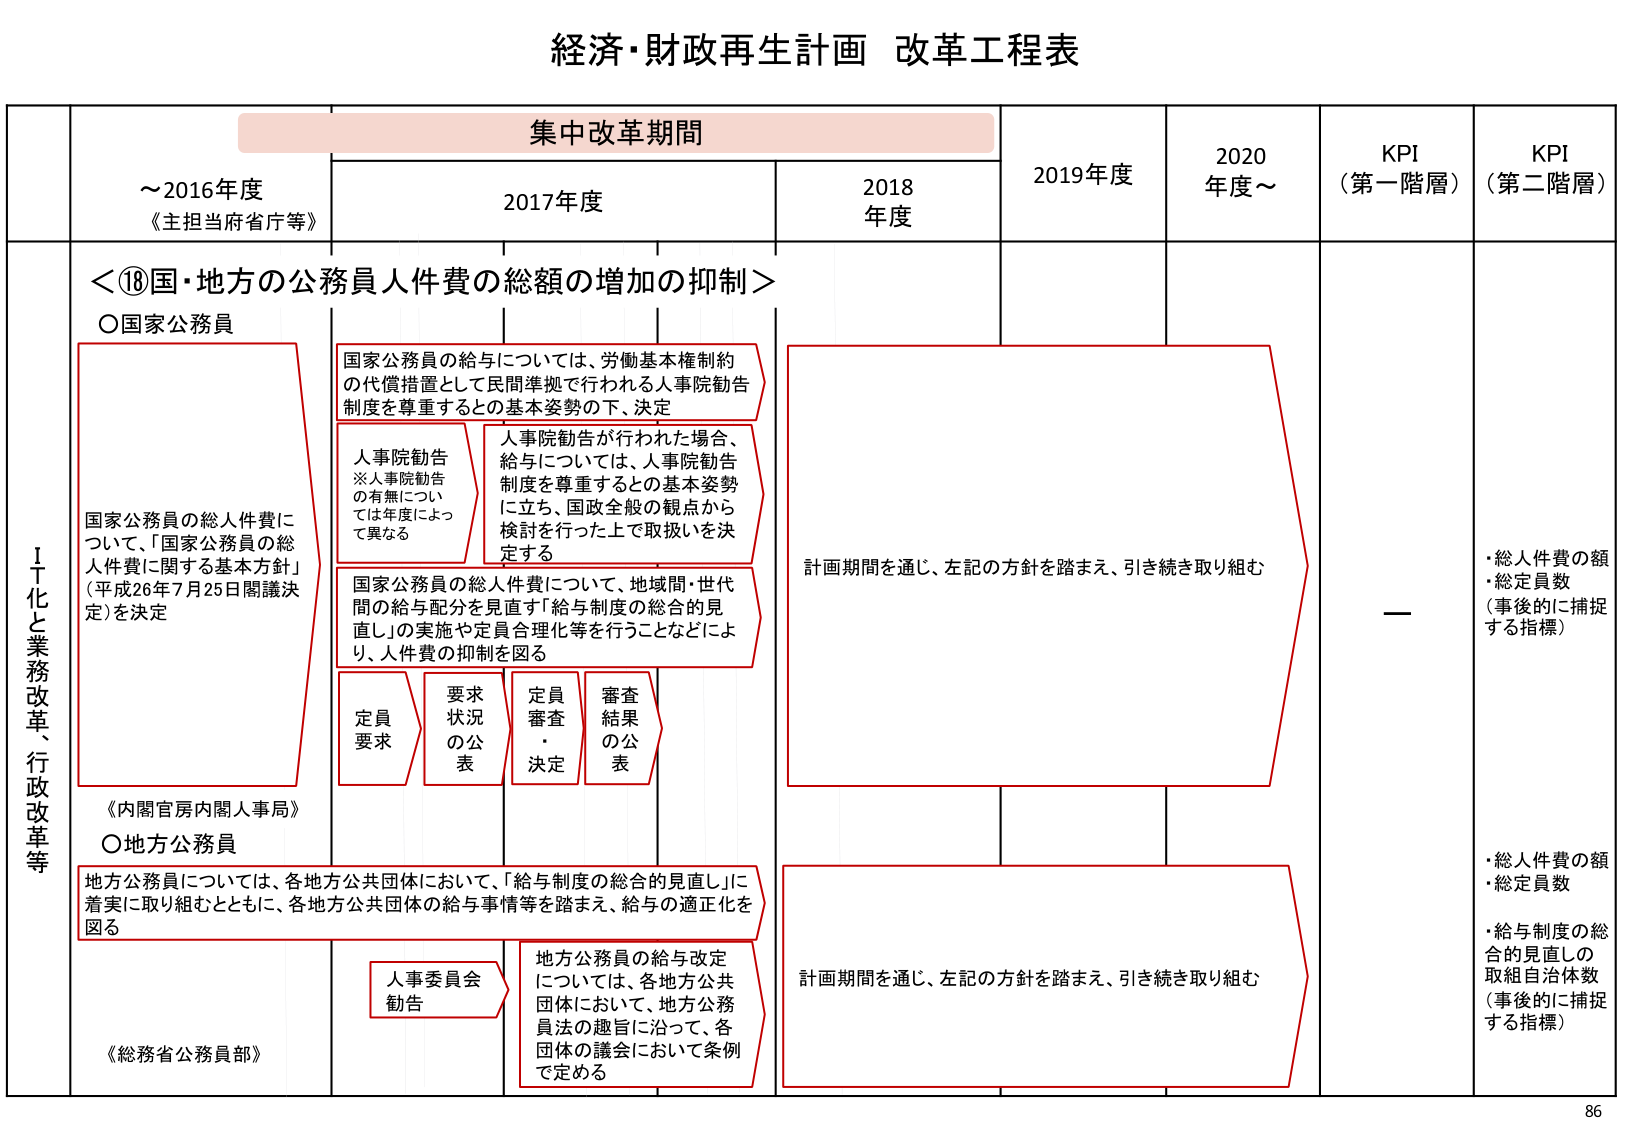
経済・財政再生計画 改革工程表

集中改革期間

～2016年度
《主担当府省庁等》

2017年度

2018年度

2019年度

2020年度～

KPI
（第一階層）

KPI
（第二階層）

＜⑱国・地方の公務員人件費の総額の増加の抑制＞

〇国家公務員

国家公務員の給与については、労働基本権制約の代償措置として民間準拠で行われる人事院勧告制度を尊重するとの基本姿勢の下、決定

人事院勧告
※人事院勧告の有無については年度によって異なる

人事院勧告が行われた場合、給与については、人事院勧告制度を尊重するとの基本姿勢に立ち、国政全般の観点から検討を行った上で取扱いを決定する

国家公務員の総人件費について、「国家公務員の総人件費に関する基本方針」（平成26年7月25日閣議決定）を決定

国家公務員の総人件費について、地域間・世代間の給与配分を見直す「給与制度の総合的見直し」の実施や定員合理化等を行うことなどにより、人件費の抑制を図る

定員要求

要求状況の公表

定員審査・決定

審査結果の公表

計画期間を通じ、左記の方針を踏まえ、引き続き取り組む

《内閣官房内閣人事局》

〇地方公務員

地方公務員については、各地方公共団体において、「給与制度の総合的見直し」に着実に取り組むとともに、各地方公共団体の給与事情等を踏まえ、給与の適正化を図る

人事委員会勧告

地方公務員の給与改定については、各地方公共団体において、地方公務員法の趣旨に沿って、各団体の議会において条例で定める

計画期間を通じ、左記の方針を踏まえ、引き続き取り組む

《総務省公務員部》

・総人件費の額
・総定員数
（事後的に捕捉する指標）

・総人件費の額
・総定員数
・給与制度の総合的見直しの取組自治体数
（事後的に捕捉する指標）

ＩＴ化と業務改革、行政改革等

86